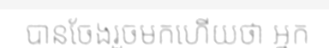
បានចែងរួចមកហើយថា អ្នក